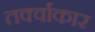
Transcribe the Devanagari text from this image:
तर्क्वाकार